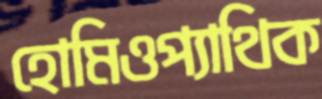
হোমিওপ্যাথিক